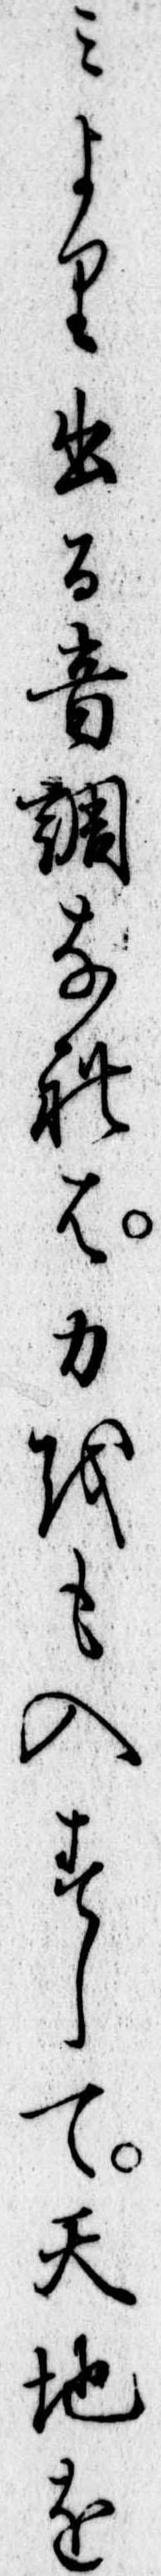
みより出る音調なれは力をも入すして天地を